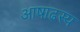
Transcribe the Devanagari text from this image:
आषाढस्य